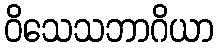
ဝိသေသဘာဂိယာ